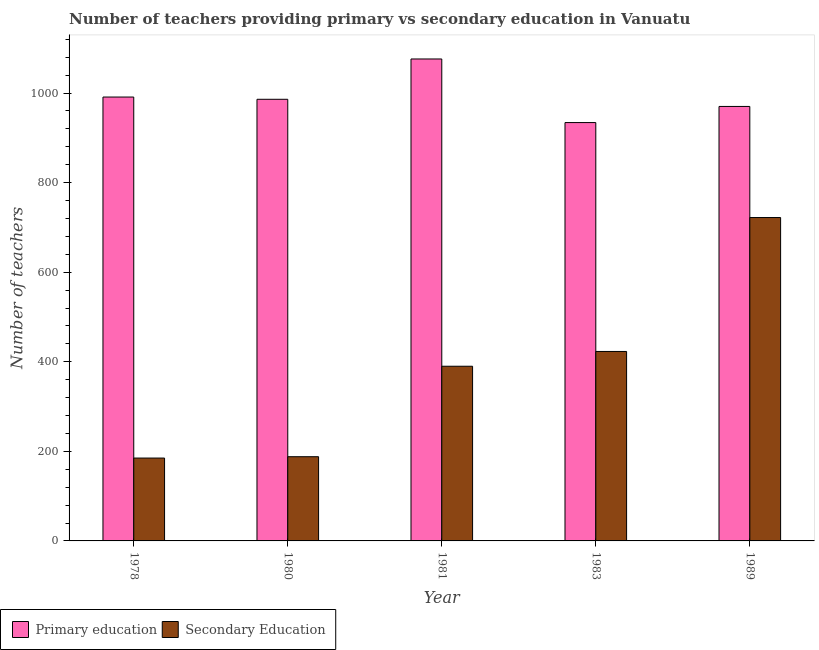
| Year | Primary education | Secondary Education |
 | --- | --- | --- |
 | 1978 | 991 | 185 |
 | 1980 | 986 | 188 |
 | 1981 | 1.08e+03 | 390 |
 | 1983 | 934 | 423 |
 | 1989 | 970 | 722 |